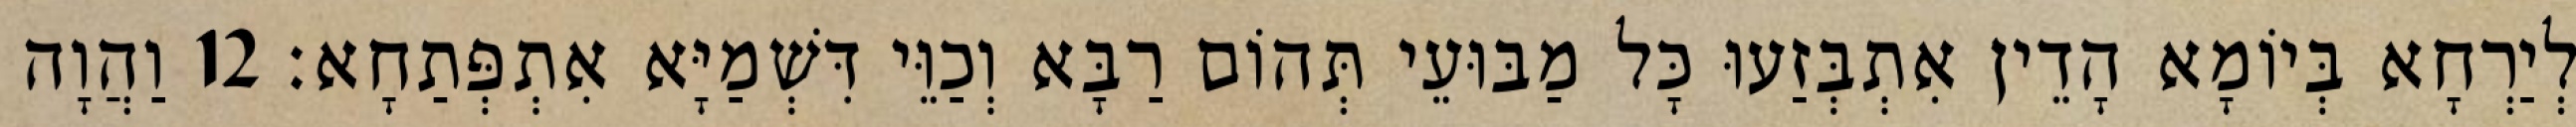
לְיַרְחָא בְּיוֹמָא הָדֵין אִתְבְּזַעוּ כָּל מַבּוּעֵי תְּהוֹם רַבָּא וְכַוֵּי דִּשְׁמַיָּא אִתְפְּתַחָא׃ 12 וַהֲוָה